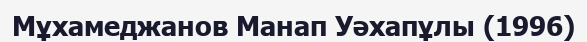
Мұхамеджанов Манап Уәхапұлы (1996)